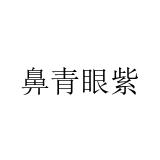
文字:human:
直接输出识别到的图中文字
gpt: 鼻青眼紫